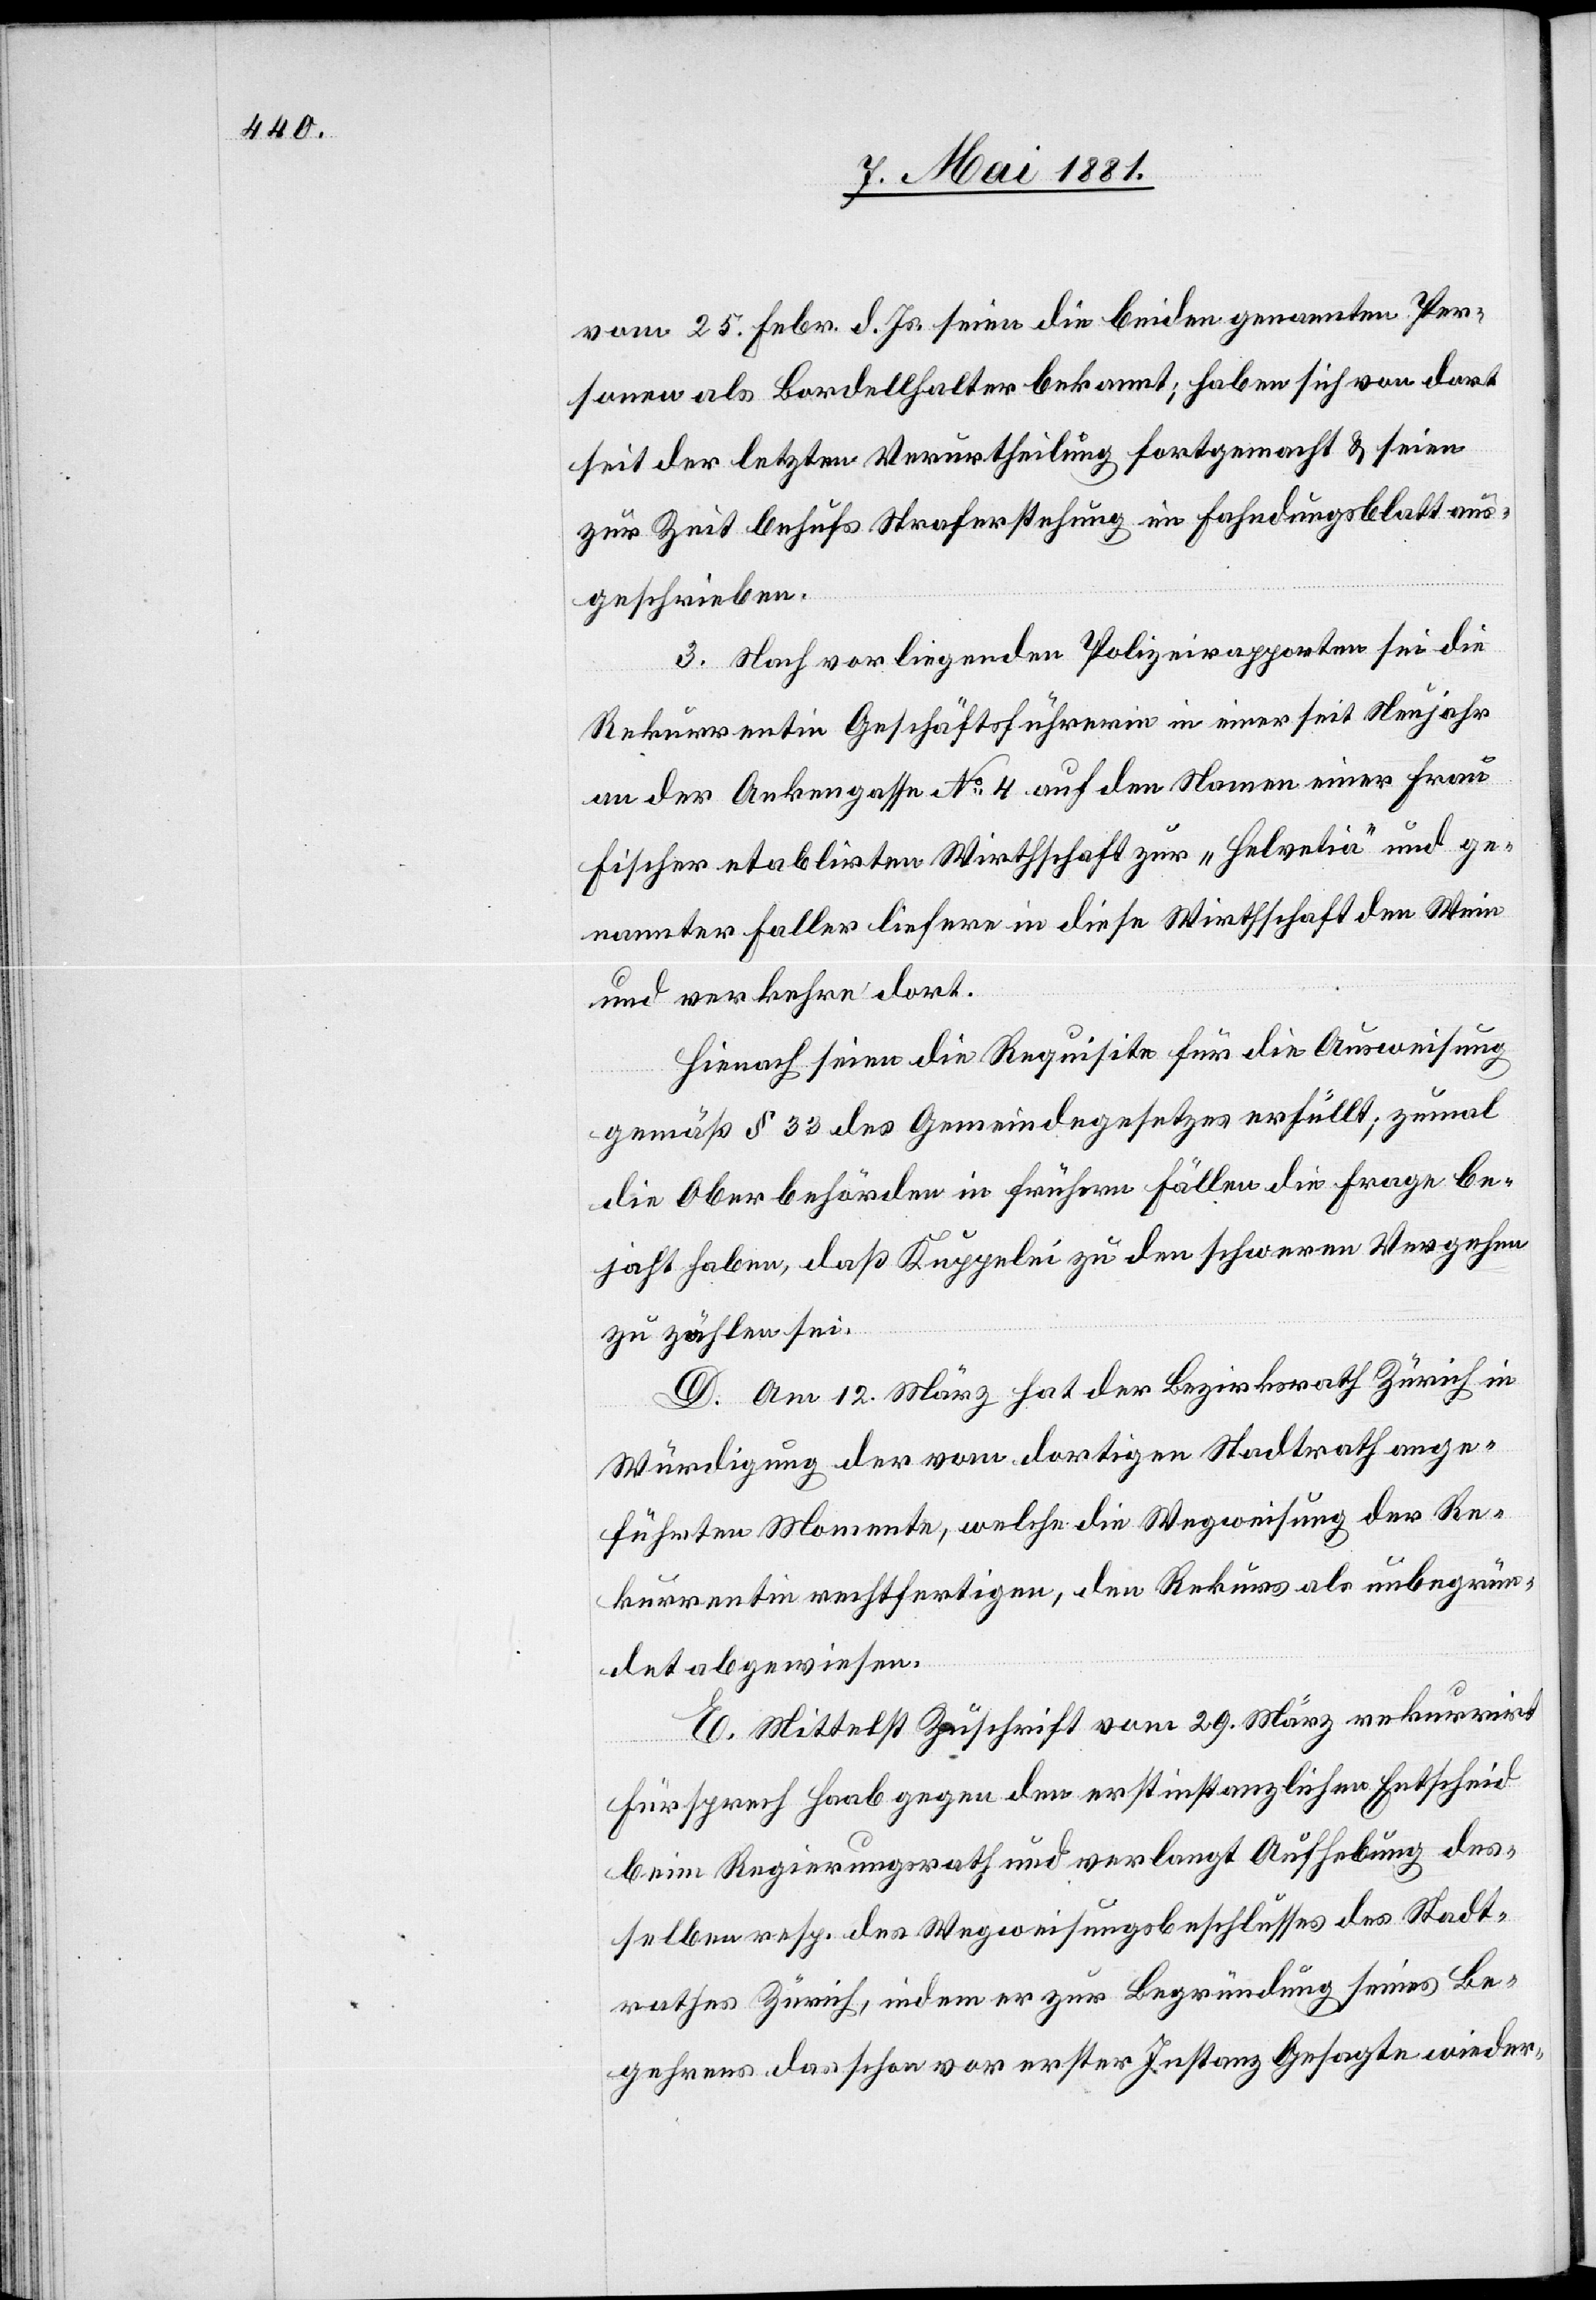
vom 25. Febr. d. Js. seien die beiden genannten Per¬
sonen als Bordellhalter bekannt; haben sich von dort
seit der letzten Verurtheilung fortgemacht & seien
zur Zeit behufs Straferstehung im Fahndungsblatt aus¬
geschrieben.
3. Nach vorliegenden Polizeirapporten sei die
Rekurrentin Geschäftsführerin in einer seit Neujahr
an der Ankergasse Nr. 4 auf den Namen einer Frau
Fischer etablirten Wirthschaft zur „Helvetia“ und ge¬
nannter Faller liefere in diese Wirthschaft den Wein
und verkehre dort.
Hienach seien die Requisite für die Ausweisung
gemäß § 33 des Gemeindegesetzes erfüllt; zumal
die Oberbehörden in frühern Fällen die Frage be¬
jaht haben, daß Kuppelei zu den schweren Vergehen
zu zählen sei.
D. Am 12. März hat der Bezirksrath Zürich in
Würdigung der vom dortigen Stadtrath ange¬
führten Momente, welche die Wegweisung der Re¬
kurrentin rechtfertigen, den Rekurs als unbegrün¬
det abgewiesen.
E. Mittelst Zuschrift vom 29. März rekurrirt
Fürsprech Haab gegen den erstinstanzlichen Entscheid
beim Regierungsrath und verlangt Aufhebung des
selben resp. des Wegweisungsbeschlusses des Stadt¬
rathes Zürich, indem er zur Begründung seines Be¬
gehrens das schon vor erster Instanz Gesagte wieder-